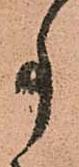
事